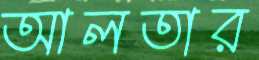
আলতার